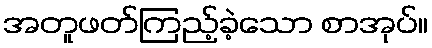
အတူဖတ်ကြည့်ခဲ့သော စာအုပ်။